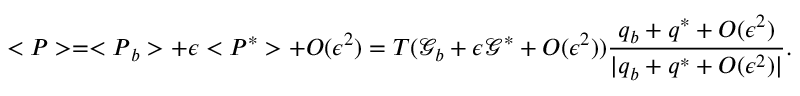
< \boldsymbol { P } > = < \boldsymbol { P } _ { b } > + \epsilon < \boldsymbol { P } ^ { * } > + O ( \epsilon ^ { 2 } ) = T ( \mathcal { G } _ { b } + \epsilon \mathcal { G } ^ { * } + O ( \epsilon ^ { 2 } ) ) \frac { \boldsymbol { q } _ { b } + \boldsymbol { q } ^ { * } + O ( \epsilon ^ { 2 } ) } { | \boldsymbol { q } _ { b } + \boldsymbol { q } ^ { * } + O ( \epsilon ^ { 2 } ) | } .